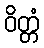
ဝိတ္တံ